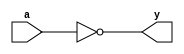
module _inv(a, y); // inverter
    input a;
    output y;
    assign y = ~a;
endmodule

module _or2(a, b, y); // 2-to-1 or gate
    input a, b;
    output y;
    assign y = a | b;
endmodule

module _nand2(a, b, y); // 2-to-1 nand gate
    input a, b;
    output y;
    assign y = ~(a & b);
endmodule

module _xor2(a, b, y); // 2-to-1 xor gate
    input a, b;
    output y;
    wire inv_a, inv_b;
    wire w0, w1;

    _inv U0_inv(.a(a), .y(inv_a));
    _inv U1_inv(.a(b), .y(inv_b));
    _and2 U2_and2(.a(inv_a), .b(b), .y(w0));
    _and2 U3_and2(.a(a), .b(inv_b), .y(w1));
    _or2 U4_or2(.a(w0), .b(w1), .y(y));
endmodule

module _and2(a, b, y); // 2-to-1 and gate
    input a, b;
    output y;
    assign y = a & b;
endmodule

module _and3(a, b, c, y);
    input a, b, c;
    output y;
    assign y = a & b & c;
endmodule

module _or3(a, b, c, y);
    input a, b, c;
    output y;
    assign y = a | b | c;
endmodule

module _and4(a, b, c, d, y);
    input a, b, c, d;
    output y;
    assign y = a & b & c & d;
endmodule

module _or4(a, b, c, d, y);
    input a, b, c, d;
    output y;
    assign y = a | b | c | d;
endmodule

module _and5(a, b, c, d, e, y);
    input a, b, c, d, e;
    output y;
    assign y = a & b & c & d & e;
endmodule

module _or5(a, b, c, d, e, y);
    input a, b, c, d, e;
    output y;
    assign y = a | b | c | d | e;
endmodule